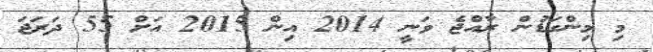
މި މިންގަޑުން ރާއްޖެ ވަނީ 2014 އިން 2015 އަށް 55 ދަރަޖަ